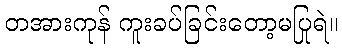
တအားကုန် ကူးခပ်ခြင်းတော့မပြုရဲ။